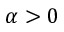
\alpha > 0